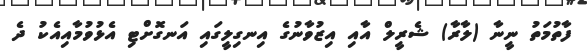
ފާތުމަތު ނީނާ (ލާރާ) ޝެރީލް އާއި އިޒުވާނުގެ އިނގިލީގައި އަނގޮށްޓި އެޅުވުމާއިއެކު ދެ